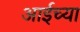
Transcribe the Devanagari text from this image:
आईच्‍या